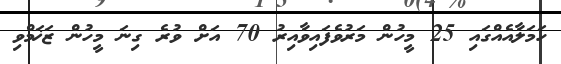
ހަމަލާއެއްގައި 25 މީހުން މަރުވެފައިވާއިރު 70 އަށް ވުރެ ގިނަ މީހުން ޒަޚަމްވި